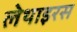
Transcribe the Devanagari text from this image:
लेथाइरस